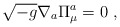
\begin{align*}\sqrt{-g} \nabla_{a} \Pi^{a}_{\mu} = 0 \ ,\end{align*}